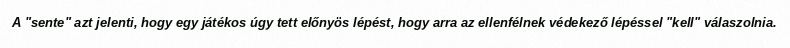
A "sente" azt jelenti, hogy egy játékos úgy tett előnyös lépést, hogy arra az ellenfélnek védekező lépéssel "kell" válaszolnia.